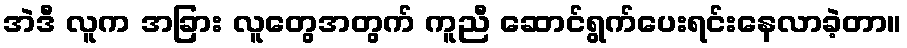
အဲဒီ လူက အခြား လူတွေအတွက် ကူညီ ဆောင်ရွက်ပေးရင်းနေလာခဲ့တာ။